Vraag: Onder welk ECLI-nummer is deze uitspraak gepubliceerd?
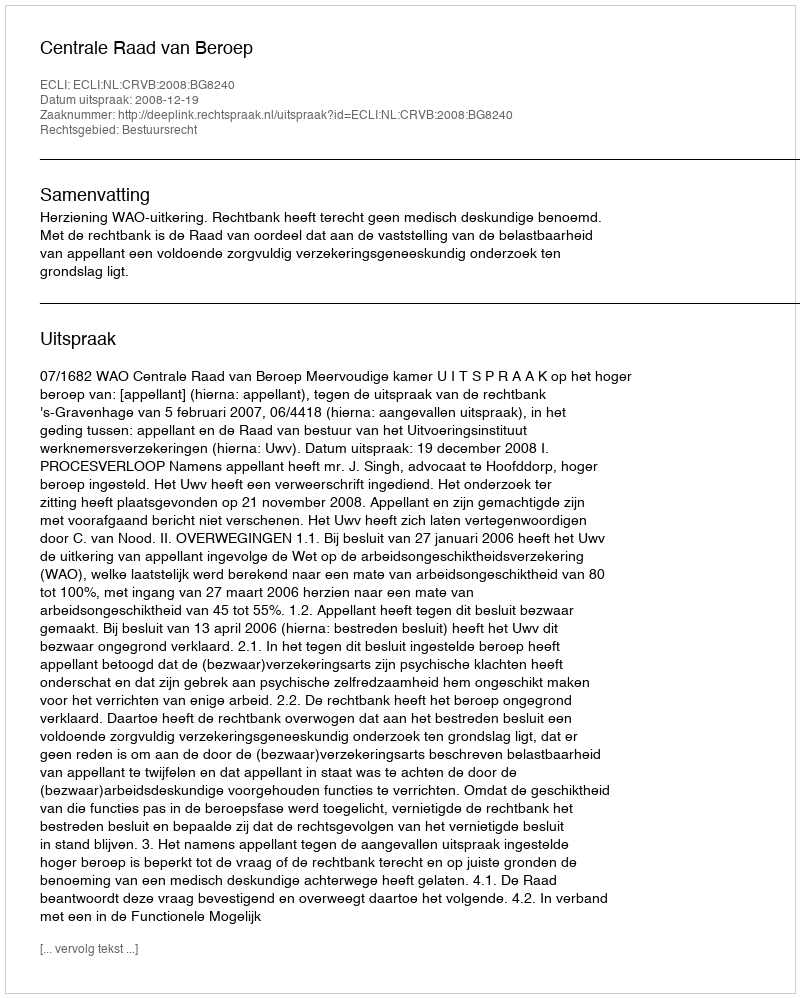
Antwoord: ECLI:NL:CRVB:2008:BG8240